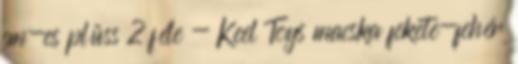
cm-es plüss 2 féle - Keel Toys macska fekete-fehér